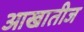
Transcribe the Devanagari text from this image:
आखातीज